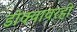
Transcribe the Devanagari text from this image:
डोक्यावरही